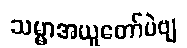
သမ္မာအယူတော်ပဲဗျ